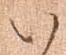
い